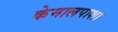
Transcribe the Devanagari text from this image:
केमालपाशा